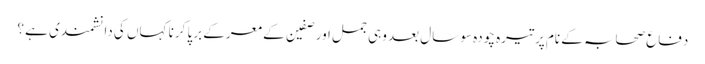
دفاع صحابہ کے نام پر تیرہ چودہ سو سال بعد وہی جمل اور صفین کے معرکے برپا کرنا کہاں کی دانشمندی ہے ؟